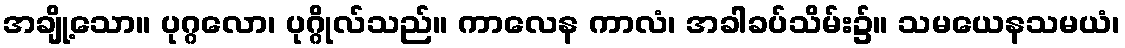
အချို့သော။ ပုဂ္ဂလော၊ ပုဂ္ဂိုလ်သည်။ ကာလေန ကာလံ၊ အခါခပ်သိမ်း၌။ သမယေနသမယံ၊